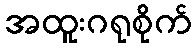
အထူးဂရုစိုက်